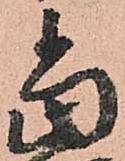
當